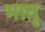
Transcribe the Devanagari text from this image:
भातृ